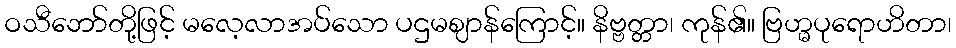
ဝသီဘော်တို့ဖြင့် မလေ့လာအပ်သော ပဌမဈာန်ကြောင့်။ နိဗ္ဗတ္တာ၊ ကုန်၏။ ဗြဟ္မပုရောဟိတာ၊